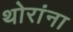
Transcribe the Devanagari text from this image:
थोरांना